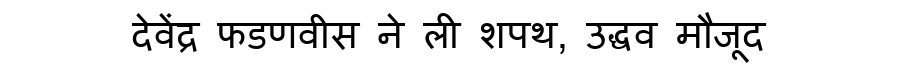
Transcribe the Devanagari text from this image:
देवेंद्र फडणवीस ने ली शपथ, उद्धव मौजूद